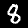
Label: 8